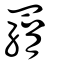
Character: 羂